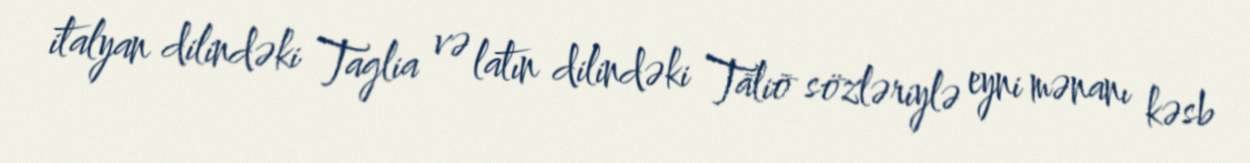
italyan dilindəki Taglia və latın dilindəki Tāliō sözləriylə eyni mənanı kəsb